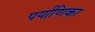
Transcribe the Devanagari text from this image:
पर्याणिका